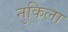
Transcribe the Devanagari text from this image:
नुकिला